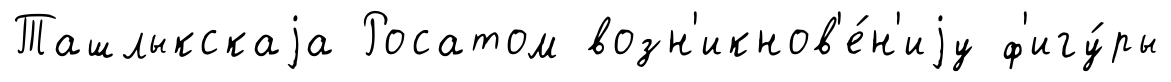
Ташлыкскаjа Росатом возн'икнов'е́н'иjу ф'игу́ры